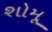
શોમૂ